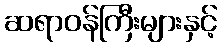
ဆရာဝန်ကြီးများနှင့်